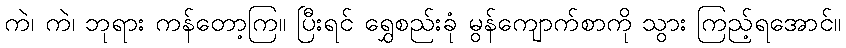
ကဲ၊ ကဲ၊ ဘုရား ကန်တော့ကြ။ ပြီးရင် ရွှေစည်းခုံ မွန်ကျောက်စာကို သွား ကြည့်ရအောင်။